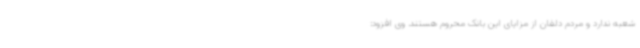
شعبه ندارد و مردم دلفان از مزایای این بانک محروم هستند. وی افزود: